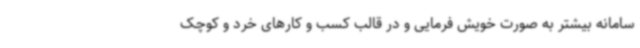
سامانه بیشتر به صورت خویش فرمایی و در قالب کسب و کارهای خرد و کوچک